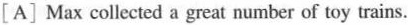
[A] Max collected a great number of toy trains.